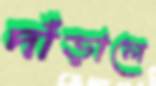
দাঁড়ালে